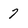
Character: 7